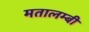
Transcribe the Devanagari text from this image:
मतालम्बी